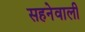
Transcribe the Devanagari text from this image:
सहनेवाली